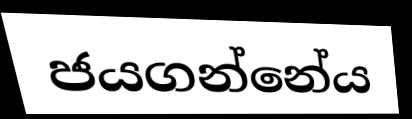
ජයගන්නේය